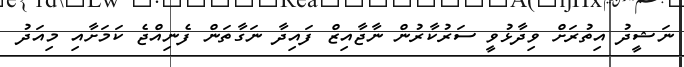
ނަޝީދު އިތުރަށް ވިދާޅުވީ ސަރުކާރުން ނާޖާއިޒް ފައިދާ ނަގާތަން ފެނިއްޖެ ކަމަށާއި މިއަދު